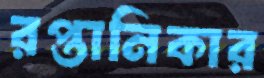
রপ্তানিকার